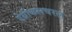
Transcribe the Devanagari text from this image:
ऐग्रीकलचरल